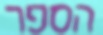
הספר